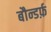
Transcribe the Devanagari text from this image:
बौन्डर्फ़